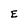
Character: E